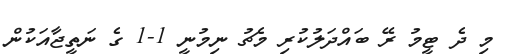
މި ދެ ޓީމު ރޭ ބައްދަލުކުރި މެޗު ނިމުނީ 1-1 ގެ ނަތީޖާއަކުން